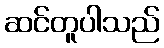
ဆင်တူပါသည်